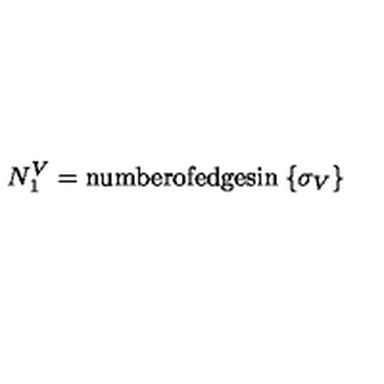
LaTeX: N _ { 1 } ^ { V } = \mathrm { n u m b e r o f e d g e s i n } \: \{ \sigma _ { V } \}